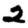
Digit: 2